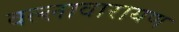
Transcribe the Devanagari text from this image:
वल्लावारायण